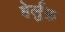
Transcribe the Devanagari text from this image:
हेर्लुफ़